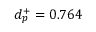
d _ { p } ^ { + } = 0 . 7 6 4